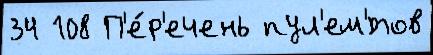
34 108 П'е́р'ечень пул'ем'́тов